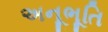
અનૂભૂતિ